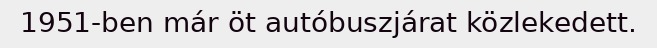
1951-ben már öt autóbuszjárat közlekedett.